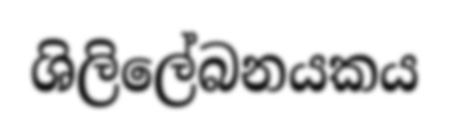
ශිලිලේබනයකය